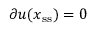
\partial \boldsymbol u ( \boldsymbol { x } _ { \mathrm { s s } } ) = 0